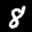
Label: 8